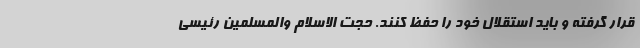
قرار گرفته و باید استقلال خود را حفظ کنند. حجت الاسلام والمسلمین رئیسی